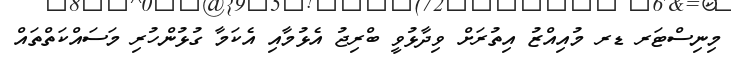
މިނިސްޓަރ ޑރ މުއިއްޒު އިތުރަށް ވިދާޅުވީ ބްރިޖު އެޅުމާއި އެކަމާ ގުޅުންހުރި މަސައްކަތްތައް